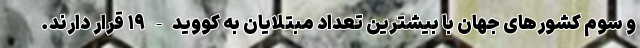
و سوم کشورهای جهان با بیشترین تعداد مبتلایان به کووید-۱۹ قرار دارند.